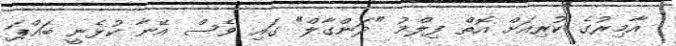
އާމިރުގެ ކުރިއަށް އޮތް ފިލްމު "ދަންގާލް" ގައި ވެސް އޭނާ ކުޅެނީ ބައްޕަ